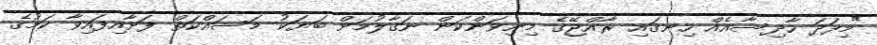
"މިފަދަ ހާދިސާއެއް ހިނގައި ރާއްޖޭގެ މިނިވަންކަން ނަގާލުމަށް ބަޔަކު މަސައްކަތް ފަށާއިފައިވާ ކަމުގެ